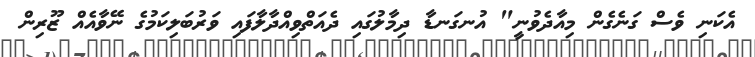
އެކަނި ވެސް ގަނެގެން މިއާދެވުނީ" އުނގަނޑާ ދިމާލުގައި ދެއަތްވިއްދާލާފައި ވަރުބަލިކަމުގެ ނޭވާއެއް ޒޫރިން